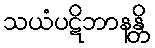
သယံပဋိဘာနန္တိ